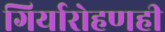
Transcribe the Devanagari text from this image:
गिर्यारोहणही